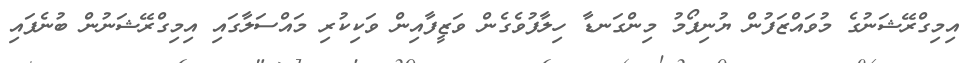
އިމިގްރޭޝަނުގެ މުވައްޒަފުން ޔުނިފޯމު މިންގަނޑާ ހިލާފުވެގެން ވަޒީފާއިން ވަކިކުރި މައްސަލާގައި އިމިގްރޭޝަނުން ބުނެފައި